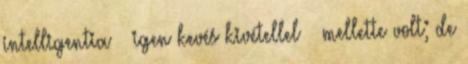
intelligentia – igen kevés kivétellel – mellette volt; de